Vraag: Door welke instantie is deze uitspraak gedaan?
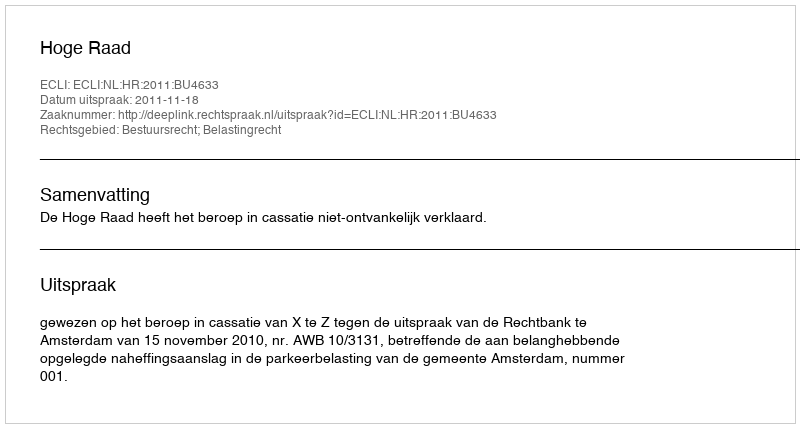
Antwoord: Hoge Raad